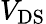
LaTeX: {V_{\mathrm{DS}}}